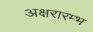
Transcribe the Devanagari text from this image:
अक्षरारम्भ